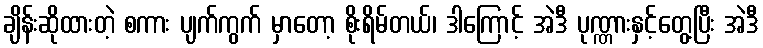
ချိန်းဆိုထားတဲ့ စကား ပျက်ကွက် မှာတော့ စိုးရိမ်တယ်၊ ဒါကြောင့် အဲဒီ ပုဏ္ဏားနှင့်တွေ့ပြီး အဲဒီ